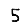
Digit: 5